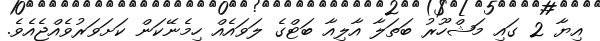
އިޔާ 2 ގައި މަޝްހޫރު ބަތަލާ އާލިއާ ބަޓްގެ ލަވައެއް ހިމެނޭކަން ކަށަވަރުވެއްޖެއެވެ.